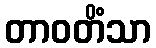
တာဝတိံသာ